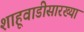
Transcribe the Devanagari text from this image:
शाहूवाडीसारख्या